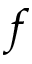
f